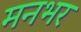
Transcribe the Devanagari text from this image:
मनभर